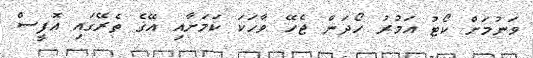
ވަނުމަށް ކޯޓު އަމުރު ހޯދަން ޖެހޭ ވާހަކަ ކަމަށާއި އޭގެ ތެރޭގައި އޮފީސް